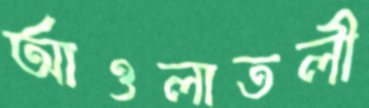
আওলাতলী